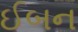
ઈબન